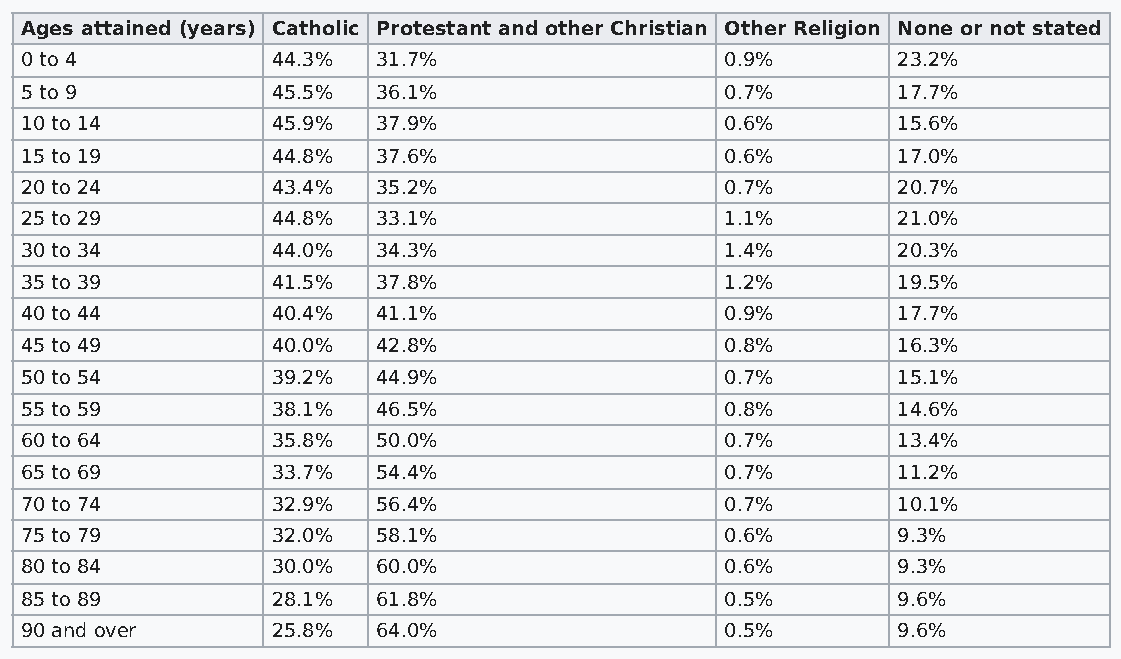
Ages attained (years) Catholic Protestant and other Christian Other Religion None or not stated
 0 to 4           44.3%  31.7%                  0.9%       23.2%
 5 to 9           45.5%  36.1%                  0.7%       17.7%
 10 to 14         45.9%  37.9%                  0.6%       15.6%
 15 to 19         44.8%  37.6%                  0.6%       17.0%
 20 to 24         43.4%  35.2%                  0.7%       20.7%
 25 to 29         44.8%  33.1%                  1.1%       21.0%
 30 to 34         44.0%  34.3%                  1.4%       20.3%
 35 to 39         41.5%  37.8%                  1.2%       19.5%
 40 to 44         40.4%  41.1%                  0.9%       17.7%
 45 to 49         40.0%  42.8%                  0.8%       16.3%
 50 to 54         39.2%  44.9%                  0.7%       15.1%
 55 to 59         38.1%  46.5%                  0.8%       14.6%
 60 to 64         35.8%  50.0%                  0.7%       13.4%
 65 to 69         33.7%  54.4%                  0.7%       11.2%
 70 to 74         32.9%  56.4%                  0.7%       10.1%
 75 to 79         32.0%  58.1%                  0.6%       9.3%
 80 to 84         30.0%  60.0%                  0.6%       9.3%
 85 to 89         28.1%  61.8%                  0.5%       9.6%
 90 and over      25.8%  64.0%                  0.5%       9.6%